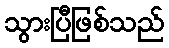
သွားပြီဖြစ်သည်